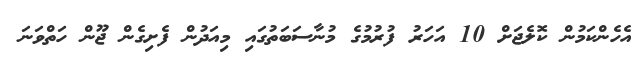
އެހެންކަމުން ކޮލެޖަށް 10 އަހަރު ފުރުމުގެ މުނާސަބަތުގައި މިއަދުން ފެށިގެން ޖޫން ހަތްވަނަ